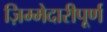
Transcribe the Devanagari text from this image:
ज़िम्मेदारीपूर्ण